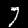
Label: 7